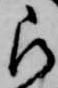
被